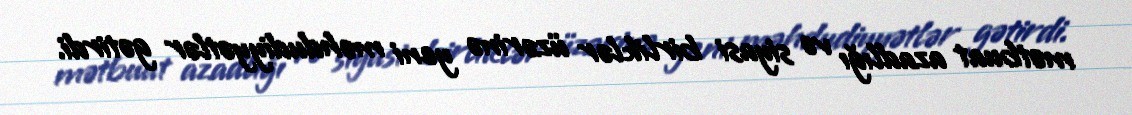
mətbuat azadlığı və siyasi birliklər üzərinə yeni məhdudiyyətlər gətirdi.